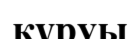
құруы